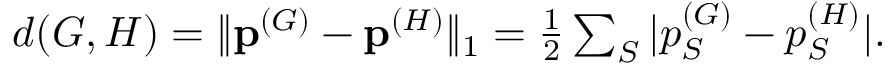
\begin{array} { r } { d ( G , H ) = \| \mathbf { p } ^ { ( G ) } - \mathbf { p } ^ { ( H ) } \| _ { 1 } = \frac 1 2 \sum _ { S } | p _ { S } ^ { ( G ) } - p _ { S } ^ { ( H ) } | . } \end{array}